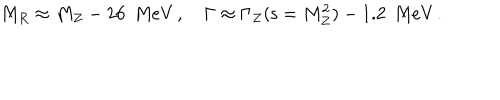
M _ { R } \approx M _ { Z } - 2 6 \, \, \, \mathrm { M e V } \, , \quad \Gamma \approx \Gamma _ { Z } ( { \mathsf { s } } = M _ { Z } ^ { 2 } ) - 1 . 2 \, \, \, \mathrm { M e V } \, .